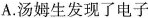
A.汤姆生发现了电子